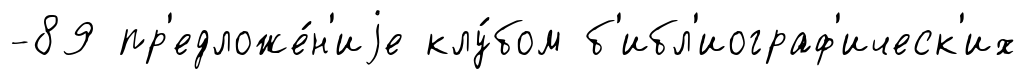
-89 пр'едложе́н'иjе клу́бом б'ибл'иограф'ическ'их